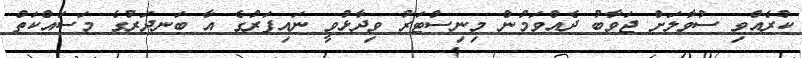
ކުރެއްވި ސުވާލަށް ޖަވާބު ދެއްވަމުން މިނިސްޓަރު ވިދާޅުވީ ނައިފަރުގެ އާ ބަނދަރުގެ މަސައްކަތް